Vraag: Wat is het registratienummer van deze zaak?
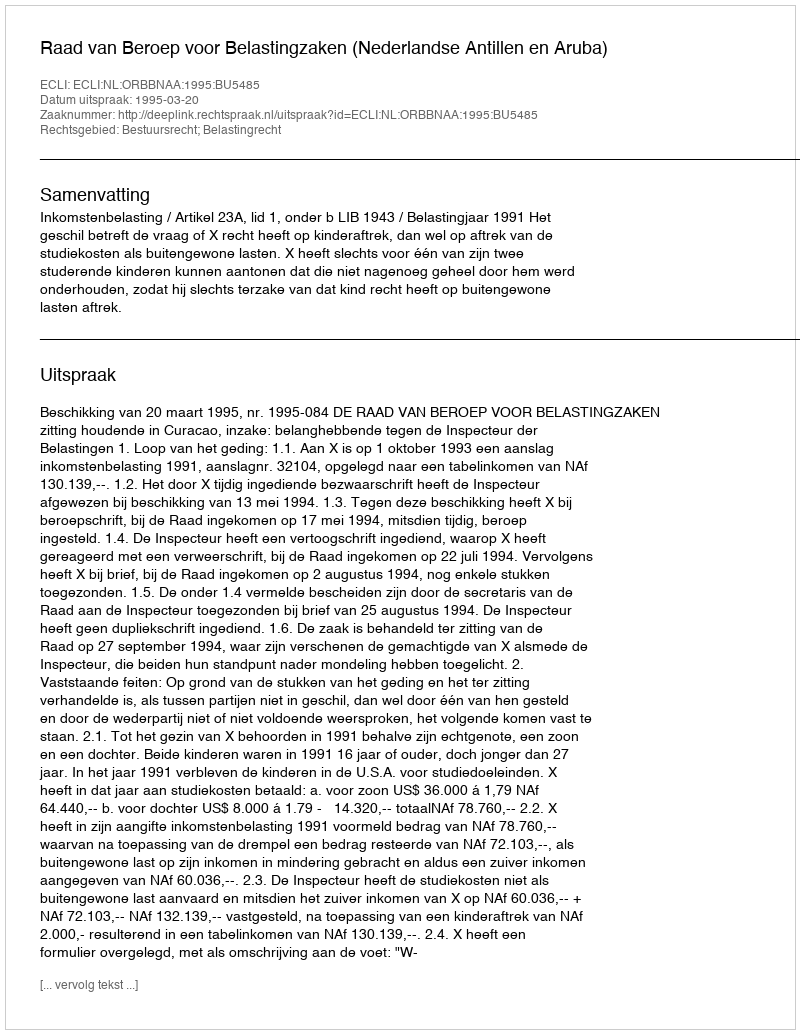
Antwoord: http://deeplink.rechtspraak.nl/uitspraak?id=ECLI:NL:ORBBNAA:1995:BU5485